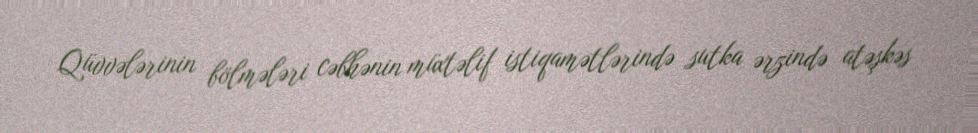
Qüvvələrinin bölmələri cəbhənin müxtəlif istiqamətlərində sutka ərzində atəşkəs